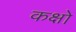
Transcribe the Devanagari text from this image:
कक्षो